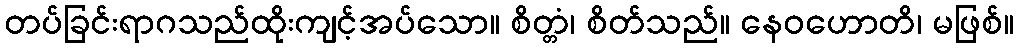
တပ်ခြင်းရာဂသည်ထိုးကျင့်အပ်သော။ စိတ္တံ၊ စိတ်သည်။ နေဝဟောတိ၊ မဖြစ်။